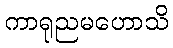
ကာရုညမဟောသိ